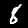
Label: 8